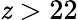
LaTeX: \mathit{z}>22